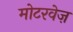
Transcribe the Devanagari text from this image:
मोटरवेज़